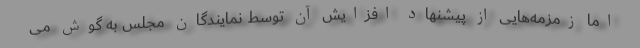
اما زمزمه‌هایی از پیشنهاد افزایش آن توسط نمایندگان مجلس به گوش می